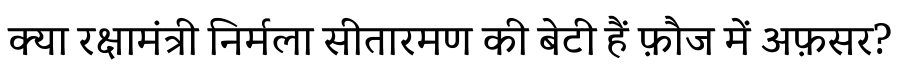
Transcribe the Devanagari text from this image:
क्या रक्षामंत्री निर्मला सीतारमण की बेटी हैं फ़ौज में अफ़सर?